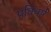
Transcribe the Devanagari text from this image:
प्रतिवर्ष